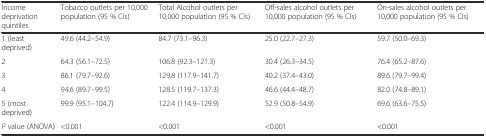
<table><thead><tr><td><b>Income deprivation quintiles</b></td><td><b>Tobacco outlets per 10,000 population (95 % CIs)</b></td><td><b>Total Alcohol outlets per 10,000 population (95 % CIs)</b></td><td><b>Off-sales alcohol outlets per 10,000 population (95 % CIs)</b></td><td><b>On-sales alcohol outlets per 10,000 population (95 % CIs)</b></td></tr></thead><tbody><tr><td>1 (least deprived)</td><td>49.6 (44.2–54.9)</td><td>84.7 (73.1–96.3)</td><td>25.0 (22.7–27.3)</td><td>59.7 (50.0–69.3)</td></tr><tr><td>2</td><td>64.3 (56.1–72.5)</td><td>106.8 (92.3–121.3)</td><td>30.4 (26.3–34.5)</td><td>76.4 (65.2–87.6)</td></tr><tr><td>3</td><td>86.1 (79.7–92.6)</td><td>129.8 (117.9–141.7)</td><td>40.2 (37.4–43.0)</td><td>89.6 (79.7–99.4)</td></tr><tr><td>4</td><td>94.6 (89.7–99.5)</td><td>128.5 (119.7–137.3)</td><td>46.6 (44.4–48.7)</td><td>82.0 (74.8–89.1)</td></tr><tr><td>5 (most deprived)</td><td>99.9 (95.1–104.7)</td><td>122.4 (114.9–129.9)</td><td>52.9 (50.8–54.9)</td><td>69.6 (63.6–75.5)</td></tr><tr><td><i>P</i> value (ANOVA)</td><td>&lt;0.001</td><td>&lt;0.001</td><td>&lt;0.001</td><td>&lt;0.001</td></tr></tbody></table>